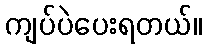
ကျပ်ပဲပေးရတယ်။